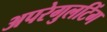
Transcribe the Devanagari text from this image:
अपरेगुलटिंग